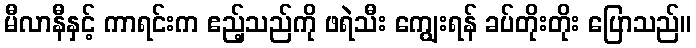
မီလာနီနှင့် ကာရင်းက ဧည့်သည်ကို ဖရဲသီး ကျွေးရန် ခပ်တိုးတိုး ပြောသည်။